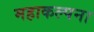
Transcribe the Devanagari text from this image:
महाकल्पना